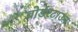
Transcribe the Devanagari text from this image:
बोर्डरटाउन